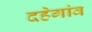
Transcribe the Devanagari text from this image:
दहेगांव